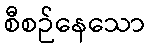
စီစဉ်နေသော